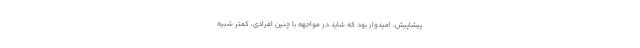
پیشاپیش، امیدوار بود که شاید در مواجهه با چنین افرادی، کمتر شبیه